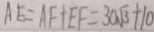
A E = A F + E F = 3 0 \sqrt { 3 } + 1 0